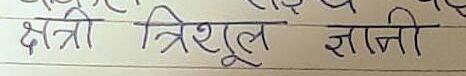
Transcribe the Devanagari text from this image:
क्षत्र्री त्रिशूल राजी